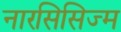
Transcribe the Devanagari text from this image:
नारसिसिज्म